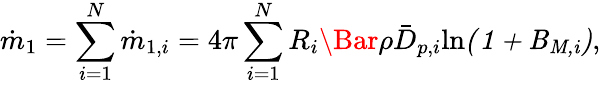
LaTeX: \dot{m}_{1}=\sum_{i=1}^{N}\dot{m}_{1,i}=4\pi\sum_{i=1}^{N}R_{i}\Bar{\rho}\bar{D}_{p,i}\mathrm{{ln}\mathit{(1+B_{M,i})},}